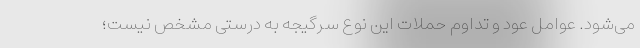
می‌شود. عوامل عود و تداوم حملات این نوع سرگیجه به درستی مشخص نیست؛